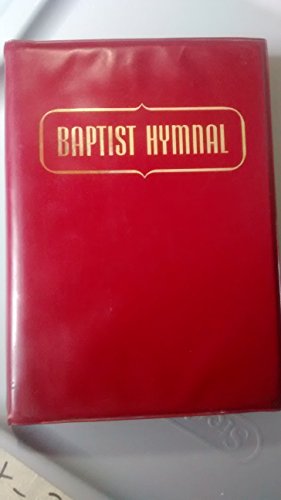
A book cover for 1956 Baptist Hymnal; Christian Books & Bibles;